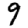
Digit: 9